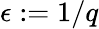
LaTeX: \epsilon:=1/q